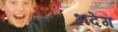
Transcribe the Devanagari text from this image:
भदेंग